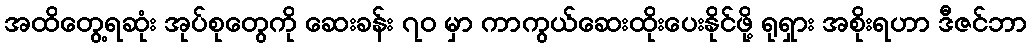
အထိတွေ့ရဆုံး အုပ်စုတွေကို ဆေးခန်း ၇၀ မှာ ကာကွယ်ဆေးထိုးပေးနိုင်ဖို့ ရုရှား အစိုးရဟာ ဒီဇင်ဘာ